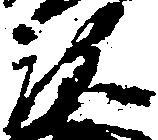
次